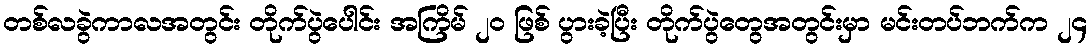
တစ်လခွဲကာလအတွင်း တိုက်ပွဲပေါင်း အကြိမ် ၂၀ ဖြစ် ပွားခဲ့ပြီး တိုက်ပွဲတွေအတွင်းမှာ မင်းတပ်ဘက်က ၂၄